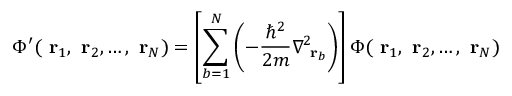
\Phi ^ { \prime } ( \mathrm { \bf ~ r } _ { 1 } , \mathrm { \bf ~ r } _ { 2 } , \dots , \mathrm { \bf ~ r } _ { N } ) = \left[ \sum _ { b = 1 } ^ { N } \left( - \frac { \hbar ^ { 2 } } { 2 m } \nabla _ { \mathrm { \bf ~ r } _ { b } } ^ { 2 } \right) \right] \Phi ( \mathrm { \bf ~ r } _ { 1 } , \mathrm { \bf ~ r } _ { 2 } , \dots , \mathrm { \bf ~ r } _ { N } )